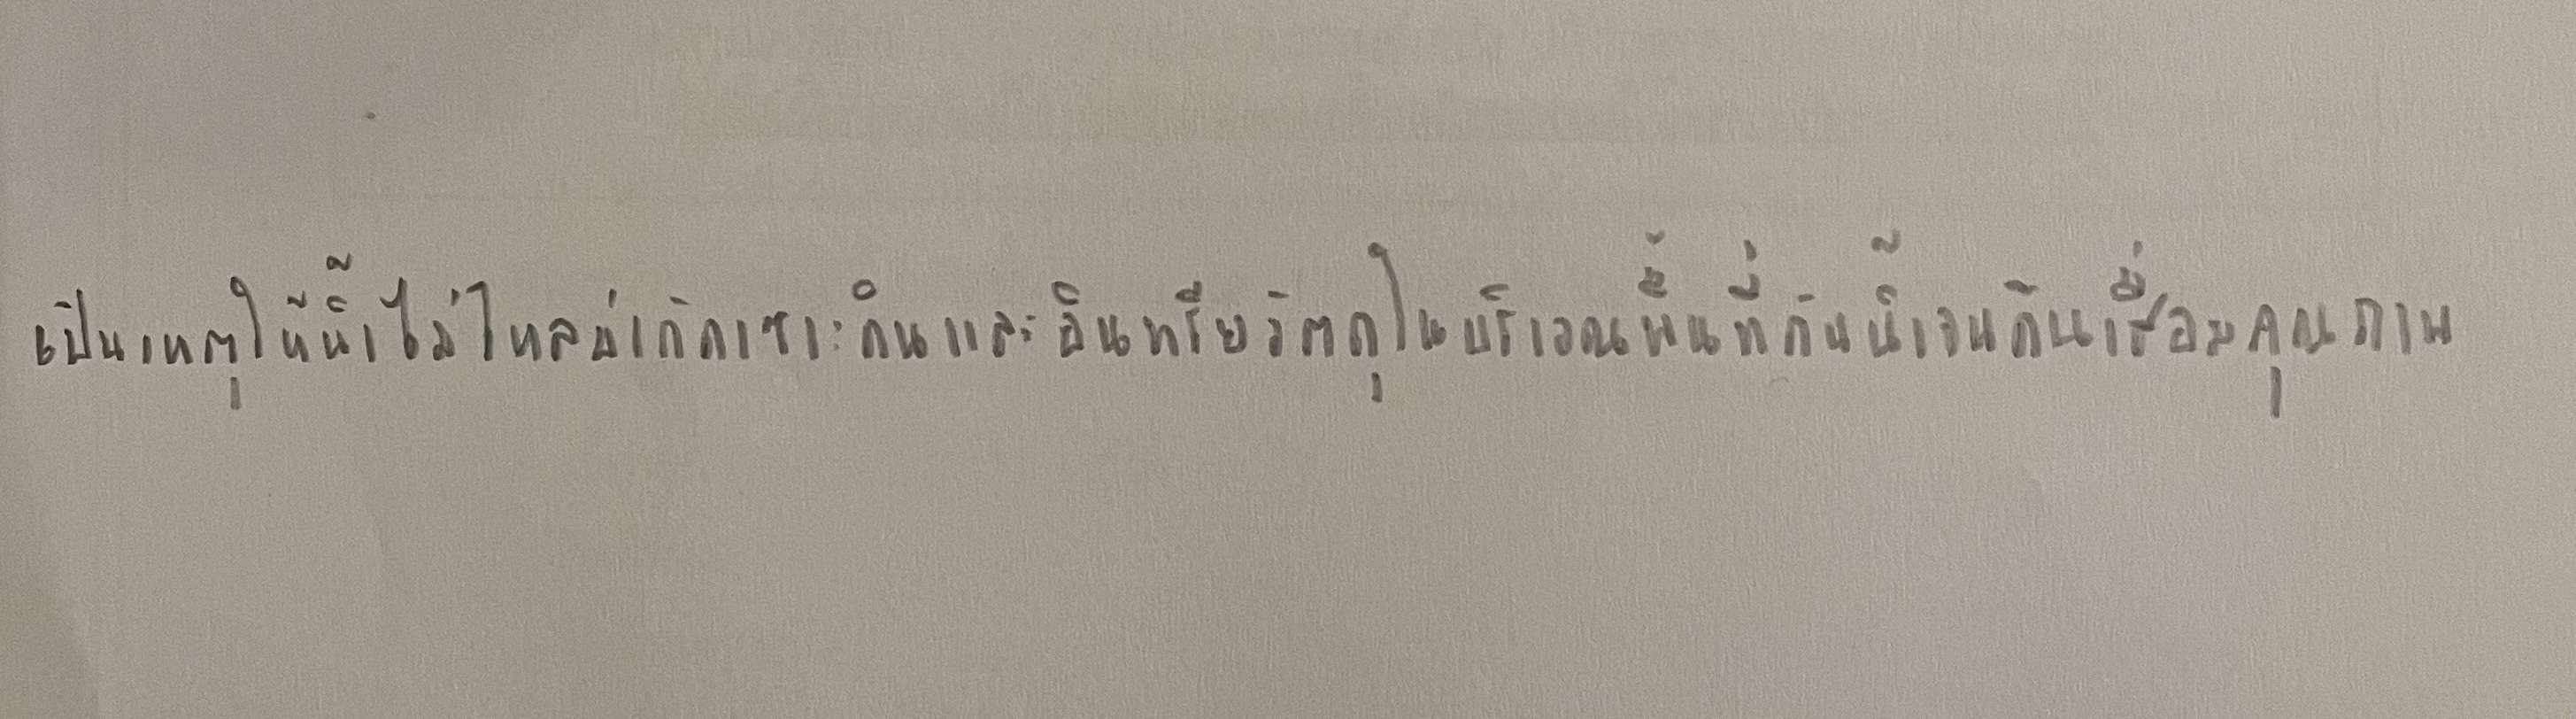
เป็นเหตุให้น้ำไหลบ่ากัดเซาะดินและอินทรียวัตถุในบริเวณพื้นที่ต้นน้ำจนดินเสื่อมคุณภาพ